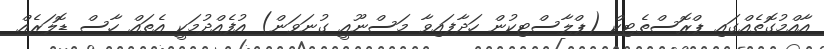
އާއްމުގޮތެއްގައި ޕްރޮސްތެޓިކް (ޕްލާސްޓިކުން ހަދާފައިވާ މަސްނޫއީ ގުނަވަން) އުފެއްދުމަކީ އެތައް ހާސް ޑޮލަރެއް